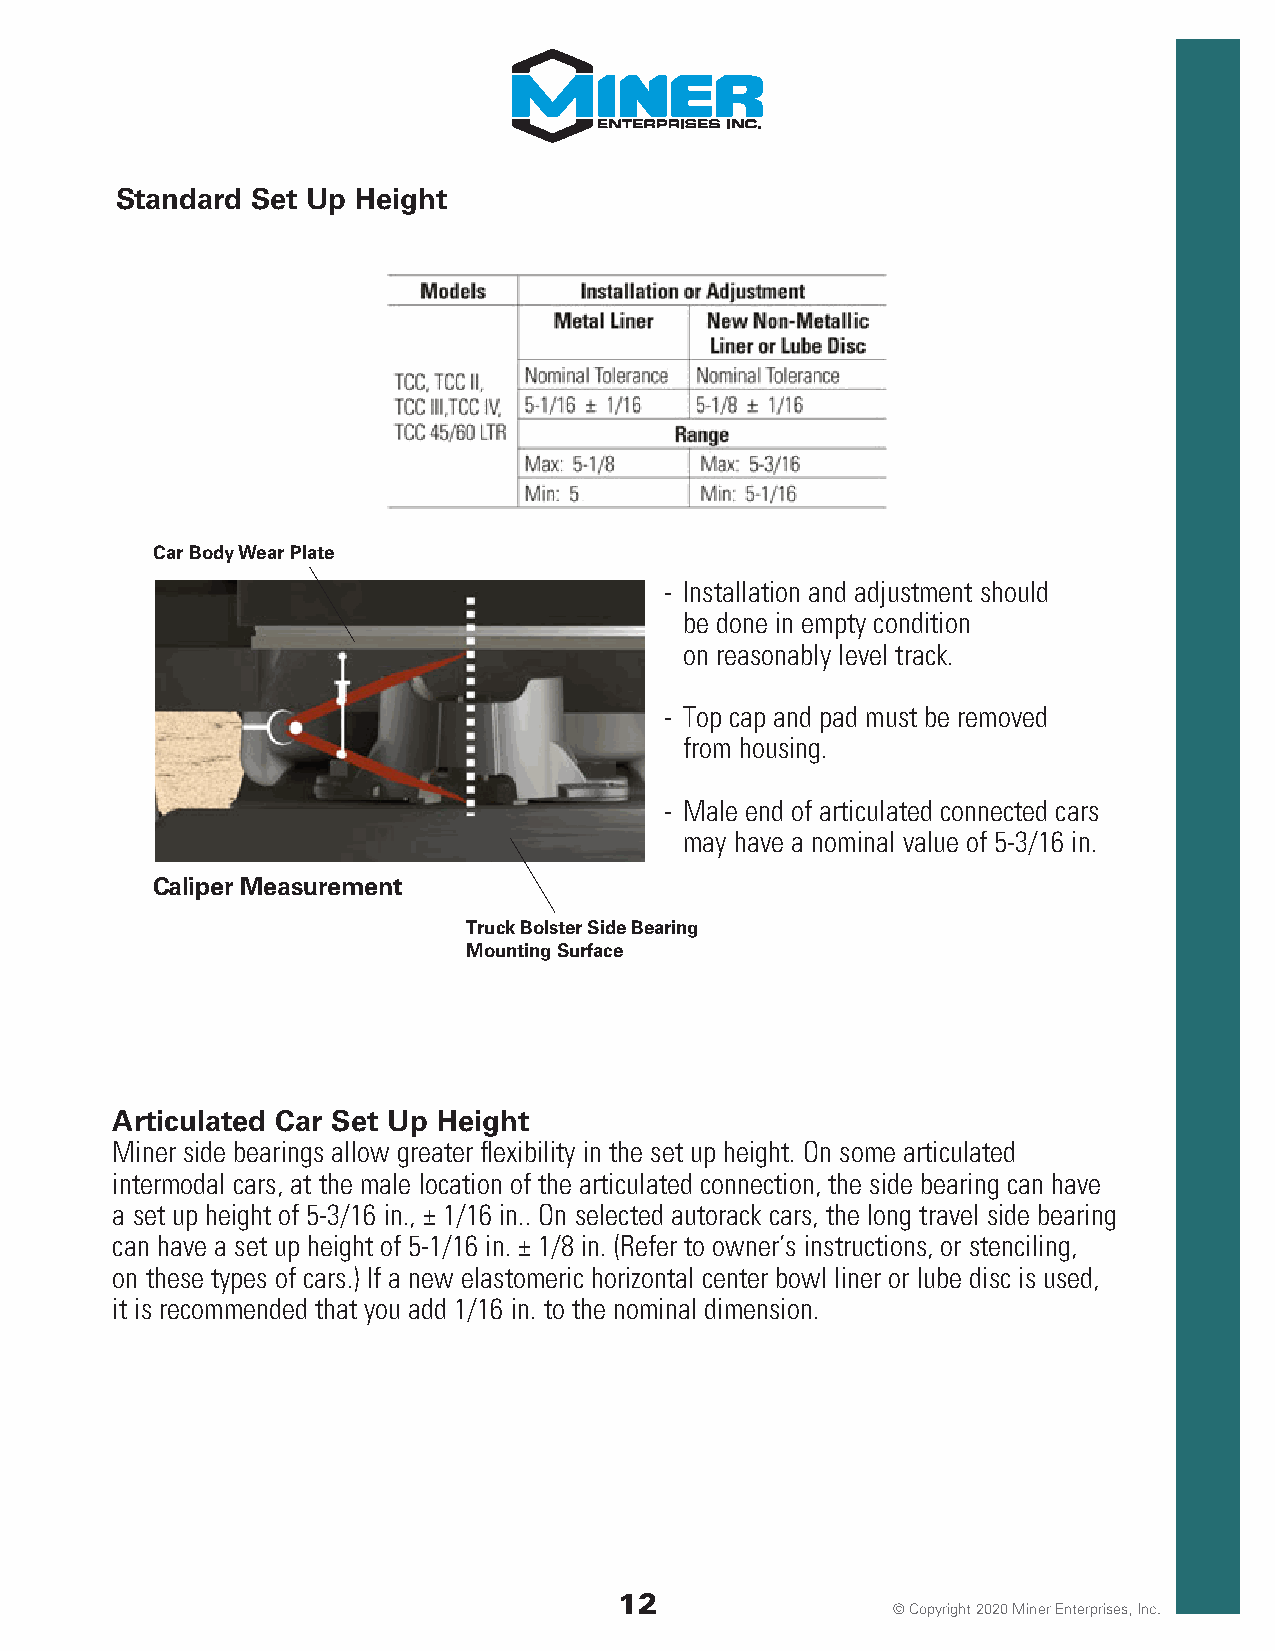
Standard Set Up Height
 Car Body Wear Plate
 - Installation and adjustment should
 be done in empty condition
 on reasonably level track.
 - Top cap and pad must be removed
 from housing.
 - Male end of articulated connected cars
 may have a nominal value of 5-3/16 in.
 Caliper Measurement
 Truck Bolster Side Bearing
 Mounting Surface
 Articulated Car Set Up Height
 Miner side bearings allow greater flexibility in the set up height. On some articulated
 intermodal cars, at the male location of the articulated connection, the side bearing can have
 a set up height of 5-3/16 in., ± 1/16 in.. On selected autorack cars, the long travel side bearing
 can have a set up height of 5-1/16 in. ± 1/8 in. (Refer to owner’s instructions, or stenciling,
 on these types of cars.) If a new elastomeric horizontal center bowl liner or lube disc is used,
 it is recommended that you add 1/16 in. to the nominal dimension.
 12
 © Copyright 2020 Miner Enterprises, Inc.